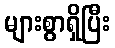
များစွာရှိပြီး